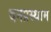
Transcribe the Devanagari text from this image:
वनप्रस्थाम